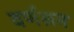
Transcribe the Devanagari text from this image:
वर्णश्रम